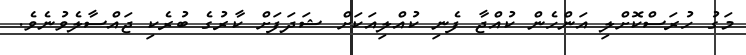
މަގު ހުރަސްކޮށްލި އަންހެން ކުއްޖާ ފެނި ކުއްލިއަކަށް ޝަދަފަށް ކާރުގެ ބުރެކި ޖައްސާލެވުނެވެ.